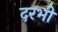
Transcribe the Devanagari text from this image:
दरभी